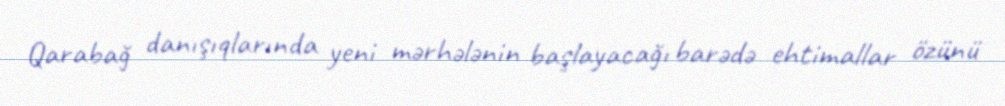
Qarabağ danışıqlarında yeni mərhələnin başlayacağı barədə ehtimallar özünü